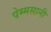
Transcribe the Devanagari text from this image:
पेम्मसानी